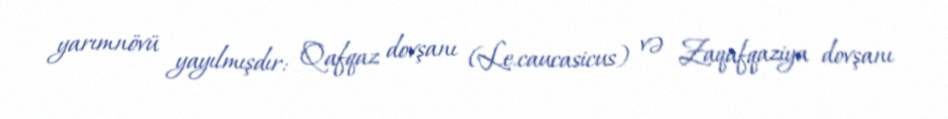
yarımnövü yayılmışdır: Qafqaz dovşanı (L.e.caucasicus) və Zaqafqaziya dovşanı